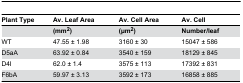
<table><thead><tr><td><b>Plant Type</b></td><td><b>Av. Leaf Area</b></td><td><b>Av. Cell Area</b></td><td><b>Av. Cell</b></td></tr></thead><tbody><tr><td></td><td><b>(mm<sup>2</sup>)</b></td><td><b>(μm<sup>2</sup>)</b></td><td><b>Number/leaf</b></td></tr><tr><td>WT</td><td>47.55 ± 1.98</td><td>3160 ± 30</td><td>15047 ± 586</td></tr><tr><td>D5aA</td><td>63.92 ± 0.84</td><td>3540 ± 159</td><td>18129 ± 845</td></tr><tr><td>D4I</td><td>62.0 ± 1.4</td><td>3575 ± 113</td><td>17392 ± 831</td></tr><tr><td>F6bA</td><td>59.97 ± 3.13</td><td>3592 ± 173</td><td>16858 ± 885</td></tr></tbody></table>